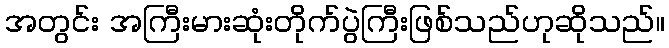
အတွင်း အကြီးမားဆုံးတိုက်ပွဲကြီးဖြစ်သည်ဟုဆိုသည်။